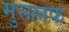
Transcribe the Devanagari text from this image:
मुसल्लफ